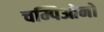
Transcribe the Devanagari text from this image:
चम्पिओनों